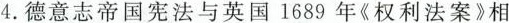
4.德意志帝国宪法与英国1689年《权利法案》相